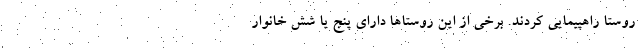
روستا راهپیمایی کردند. برخی از این روستاها دارای پنج یا شش خانوار